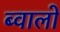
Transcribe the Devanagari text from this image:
ब्वालो